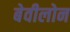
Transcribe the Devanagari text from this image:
बेवीलोन